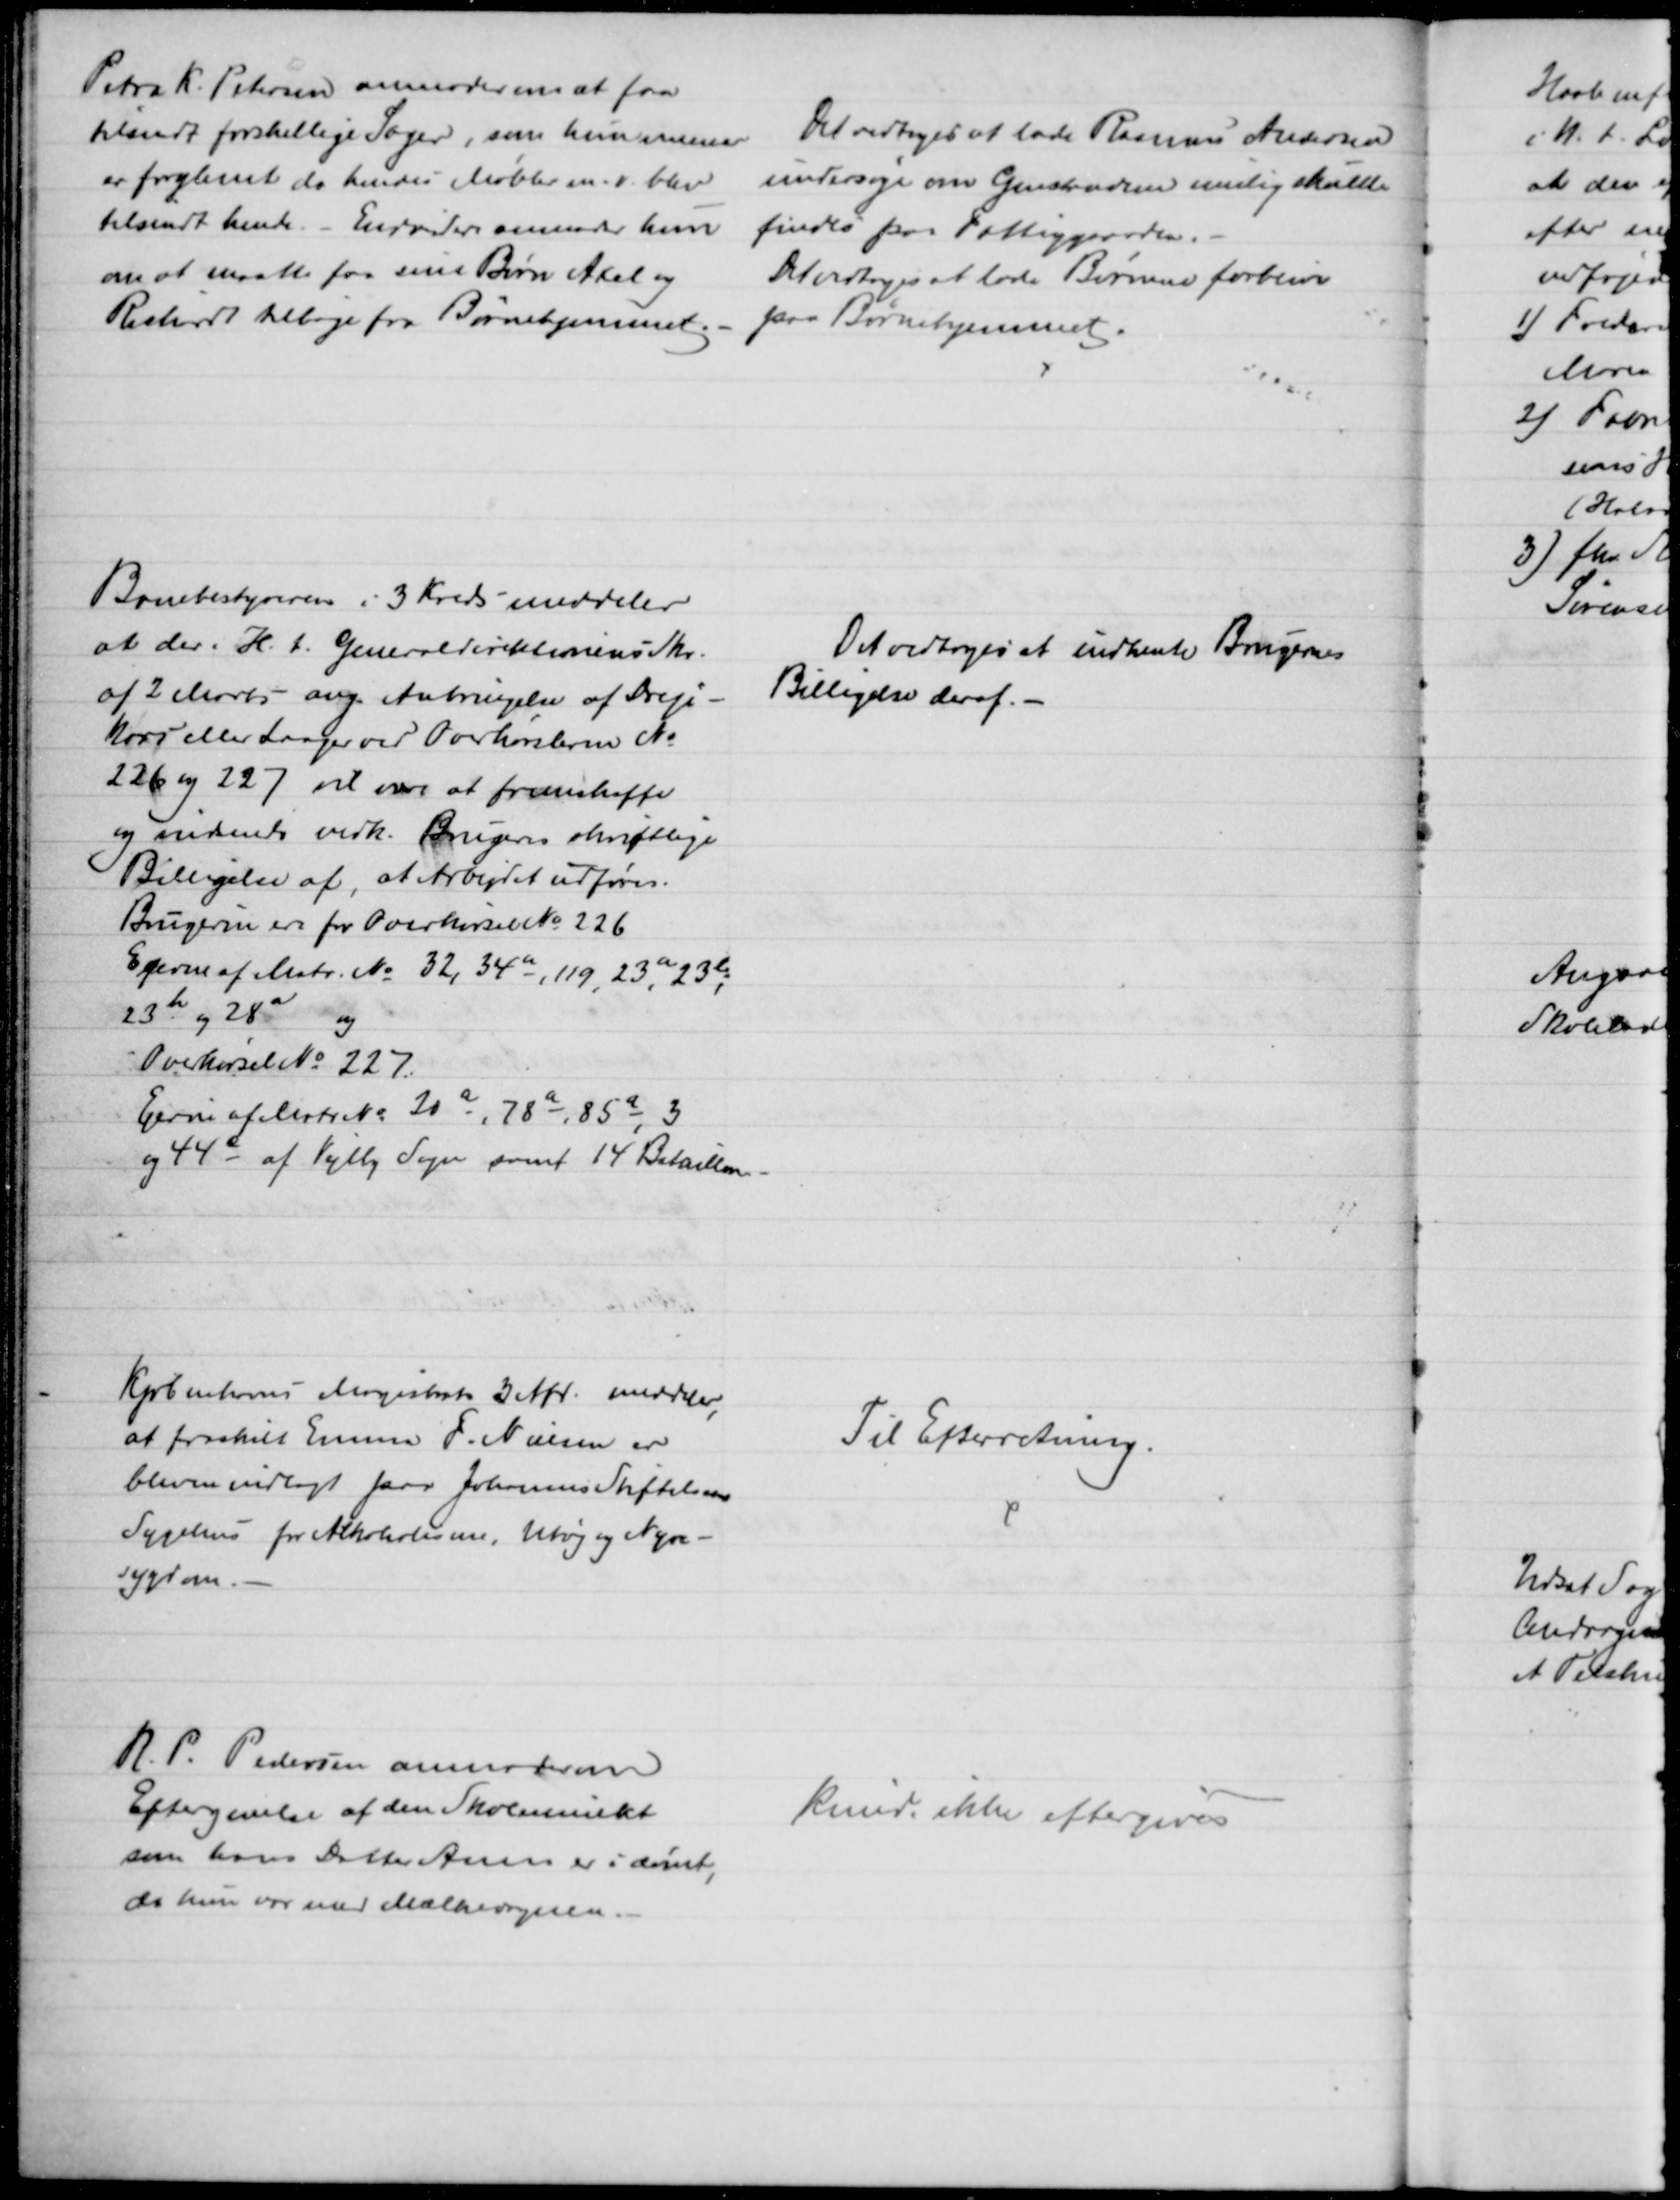
Transskription:
Petra K. Petersen anmoder om at faa
tilsendt forskellige Sager, som hun mener
er forglemt da hendes Møbler m.v. blev
tilsendt hende. - Endvidere anmoder hun
om at maatte faa sine Børn Axel og
Richardt tilbage fra Børnehjemmet.
Det vedtoges at lade Rasmus Andersen
undersøge om Genstandene mulig skulle
findes paa Fattiggaarden.
Det vedtoges at lade Børnene forblive
paa Børnehjemmet.
Banebestyreren i 3 Kreds meddeler
at der i H. t. Generaldirektionens Skr.
af 2 Marts ang. Anbringelse af Dreje-
kors eller Laager ved Overkørslerne №
226 og 227 vil være at fremskaffe
og indsende vedk. Brugeres skriftlige
Billigelse af, at Arbejdet udføres.
Brugerne ere for Overkørsel № 226
Ejerne af Matr. № 32, 34a, 119, 23a, 23e
23h og 28a og
Overkørsel № 227.
Ejerne af Matr. № 20a, 78a, 85a, 3
og 44e af Vejlby Sogn samt 14 Bataillon.
Det vedtoges at indhente Brugernes
Billigelse deraf.
Kjøbenhavns Magistrats 3 Afd. meddeler
,
at fraskilt Emma F. Nielsen er
bleven indlagt paa Johannes Stiftelsens
Sygehus for Alkoholisme, Utøj og Nyre-
Sygdom.
Til Efterretning.
R. P. Pedersen anmoder om
Eftergivelse af den Skolemulkt
som hans Datter Anne er idømt
da hun var med Mælkevognen.
kunde ikke eftergives